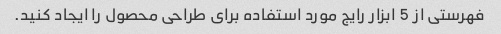
فهرستی از 5 ابزار رایج مورد استفاده برای طراحی محصول را ایجاد کنید.